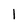
Character: 1